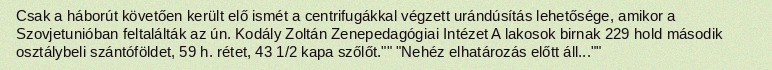
Csak a háborút követően került elő ismét a centrifugákkal végzett urándúsítás lehetősége, amikor a Szovjetunióban feltalálták az ún. Kodály Zoltán Zenepedagógiai Intézet A lakosok birnak 229 hold második osztálybeli szántóföldet, 59 h. rétet, 43 1/2 kapa szőlőt."" "Nehéz elhatározás előtt áll...""